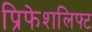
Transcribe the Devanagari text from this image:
प्रिफेशलिफ्ट